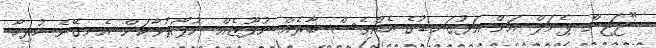
"ޖަޖިން ޕެނަލް އަށް އަޅުގަނޑުގެ އެއްވެސް ބާރެއް ނުފޫޒެއް ނުފޯރުވާކަން އެނގޭނެ ހުރިހާ